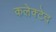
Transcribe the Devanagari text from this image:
कलेक्टेद